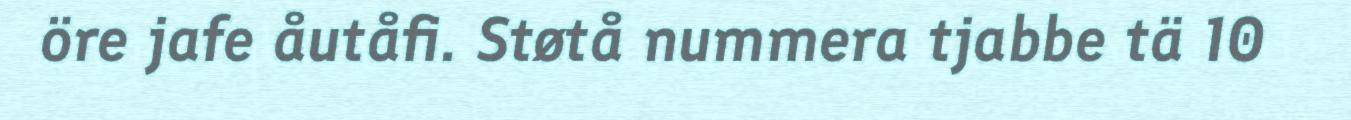
öre jafe åutåfi. Støtå nummera tjabbe tä 10